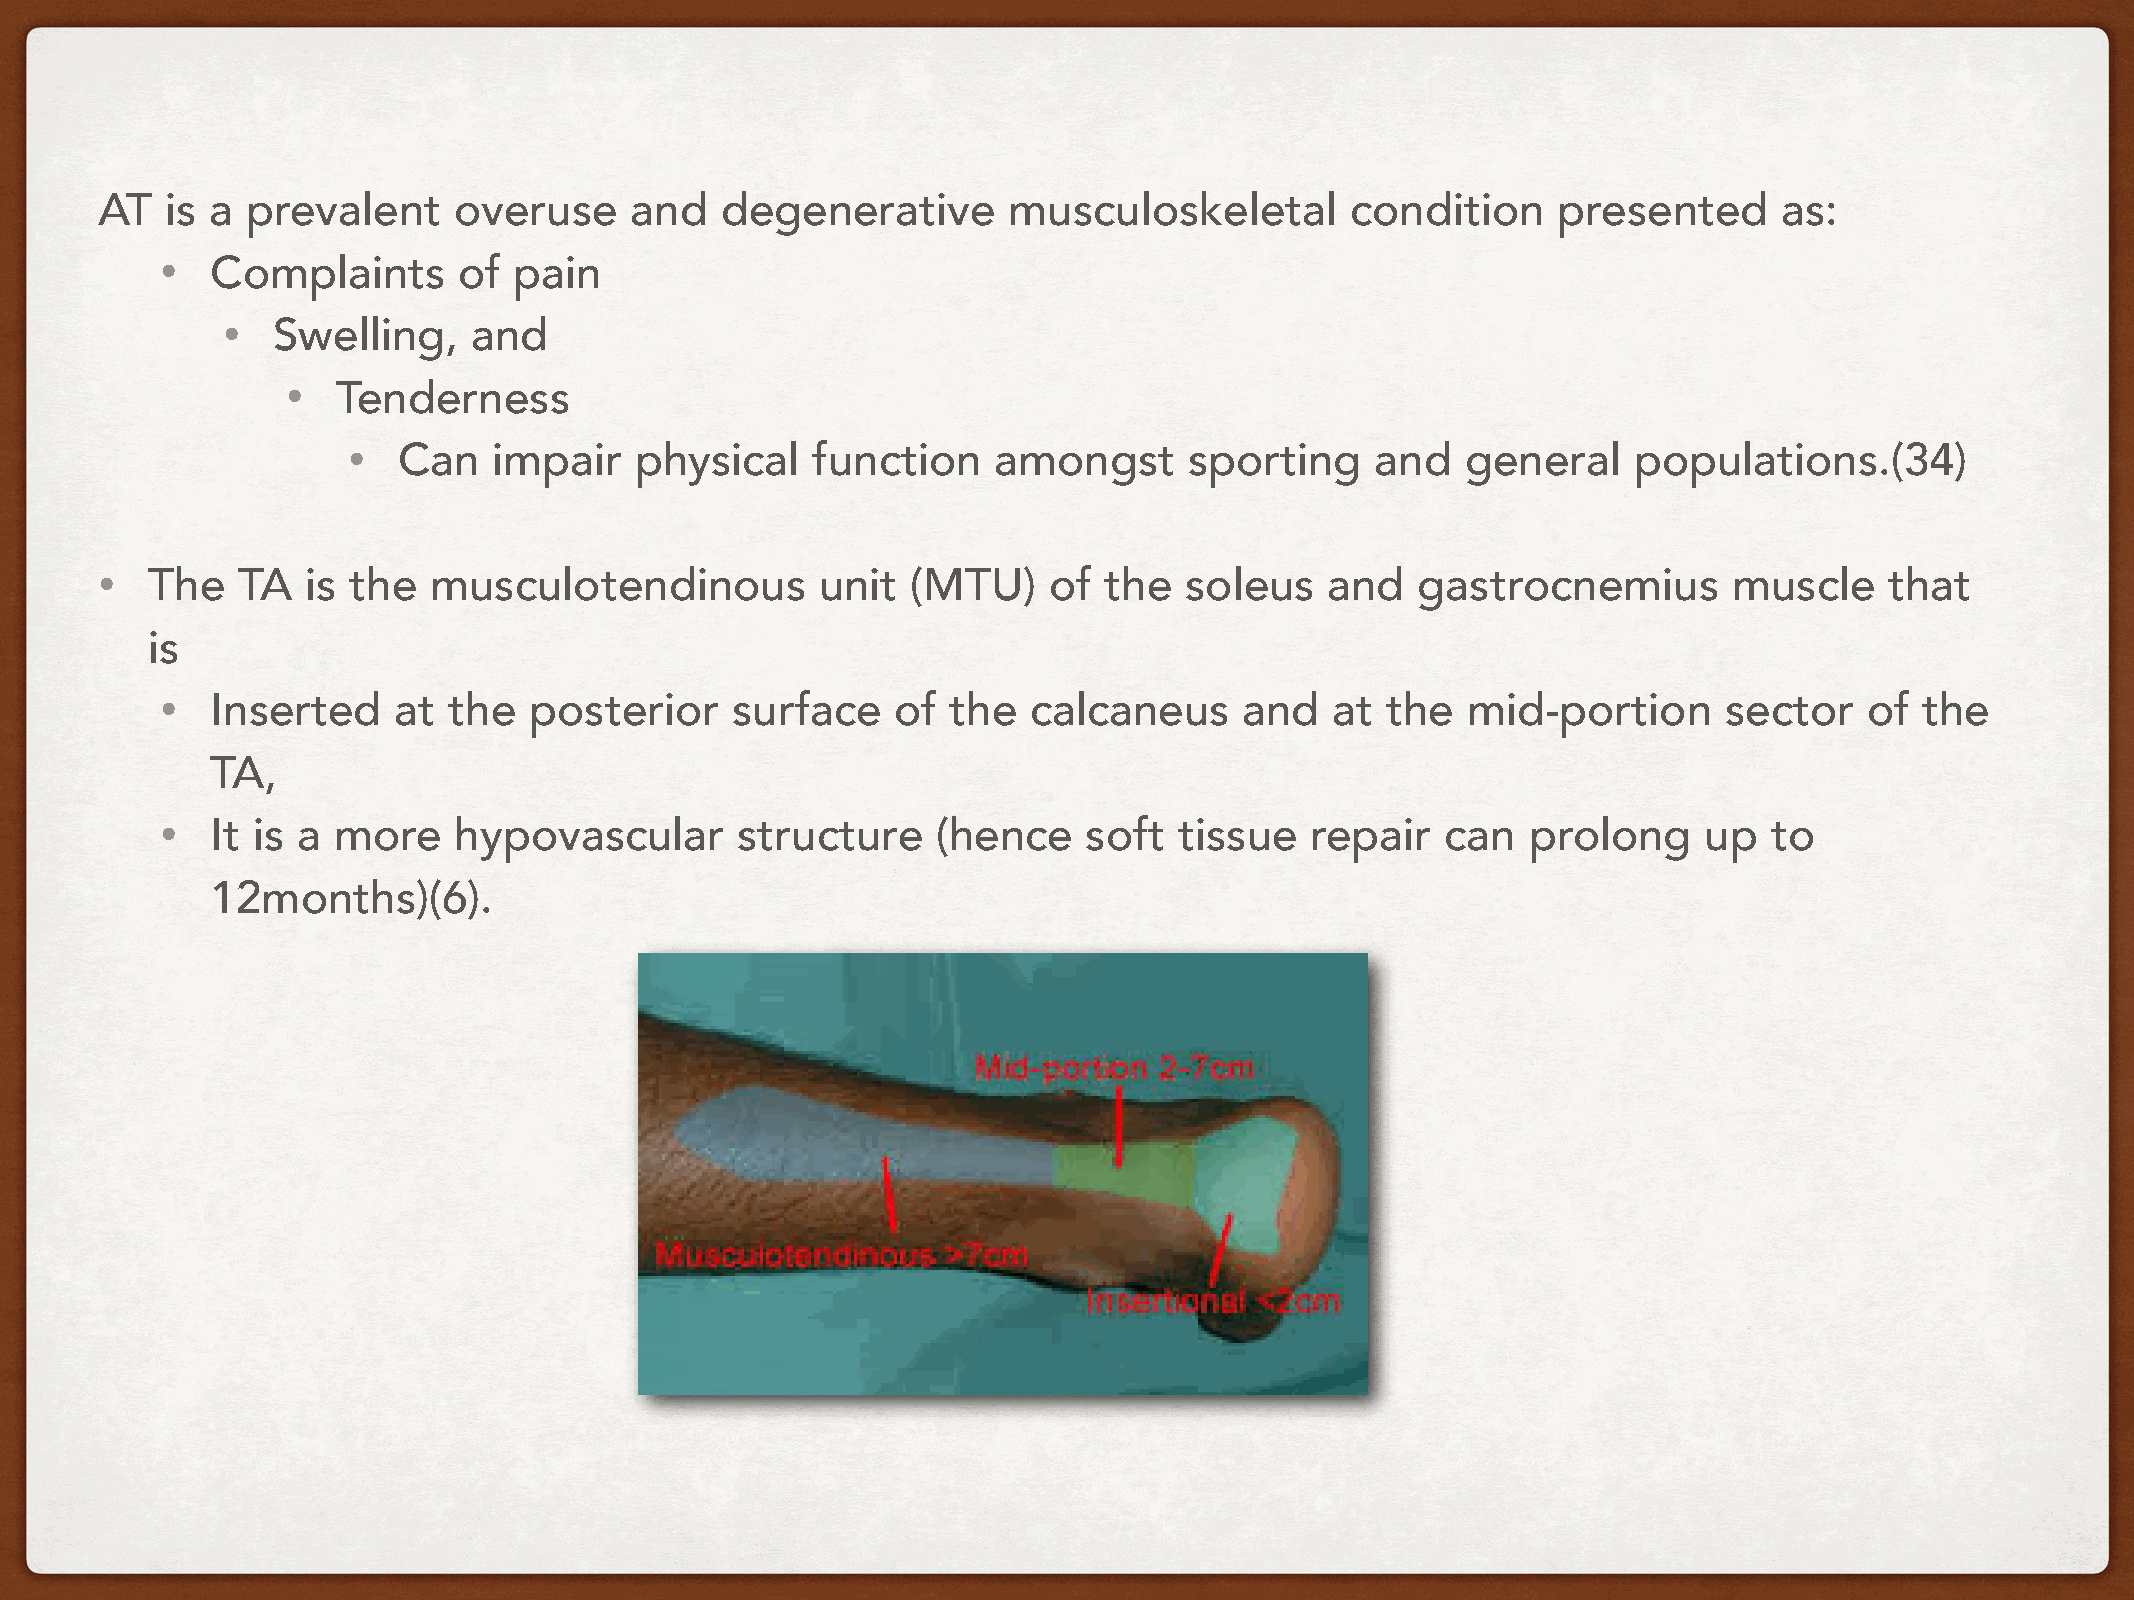
AT   is a prevalent     overuse     and   degenerative       musculoskeletal       condition     presented      as:
 •  Complaints      of  pain
 •  Swelling,    and
 •  Tenderness
 •  Can    impair   physical    function    amongst      sporting    and   general    populations.(34)
 •   The   TA  is the  musculotendinous          unit  (MTU)    of  the  soleus    and   gastrocnemius        muscle    that
 is
 •  Inserted    at  the  posterior    surface    of  the  calcaneus     and   at  the  mid-portion      sector    of the
 TA,
 •  It is a more    hypovascular       structure    (hence    soft  tissue   repair   can  prolong     up  to
 12months)(6).